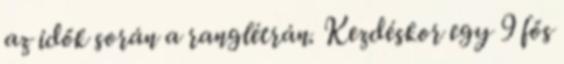
az idők során a ranglétrán. Kezdéskor egy 9 fős